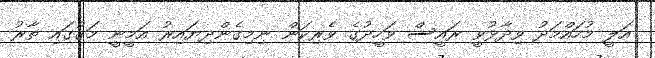
އަލީ މުހައްމަދު ވިދާޅުވީ ރައީސް ވަހީދުގެ ވެރިކަން ނިމިގެންދިޔައިރު އަމީނީ މަގުގައި ތާރު